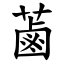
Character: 蓾